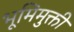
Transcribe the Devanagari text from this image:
भूमिमुक्ती